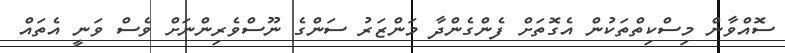
ސޮއްވާން މިސްކިތްތަކުން އެގޮތަށް ފެންގެންދާ މަންޒަރު ސަންގެ ނޫސްވެރިންނަށް ވެސް ވަނީ އެތައް